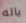
ياله